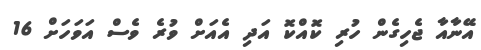
އޭނާއާ ޖެހިގެން ހުރި ކޮއްކޮ އަދި އެއަށް ވުރެ ވެސް އަވަހަށް 16